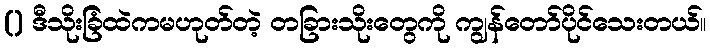
() ဒီသိုးခြံထဲကမဟုတ်တဲ့ တခြားသိုးတွေကို ကျွန်တော်ပိုင်သေးတယ်။